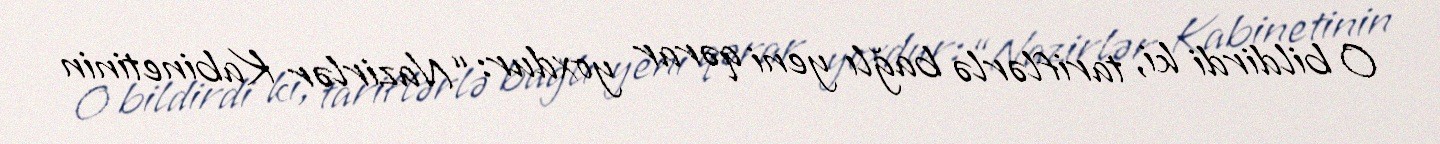
O bildirdi ki, tariflərlə bağlı yeni qərar yoxdur: “Nazirlər Kabinetinin